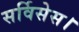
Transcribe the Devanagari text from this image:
सर्विसेस।